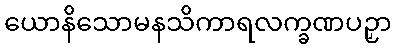
ယောနိသောမနသိကာရလက္ခဏပဉှာ